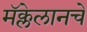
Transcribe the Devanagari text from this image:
मॅक्लेलानचे